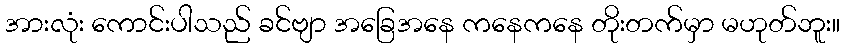
အားလုံး ကောင်းပါသည် ခင်ဗျာ အခြေအနေ ကနေကနေ တိုးတက်မှာ မဟုတ်ဘူး။